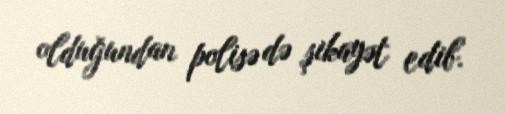
olduğundan polisə də şikayət edib.